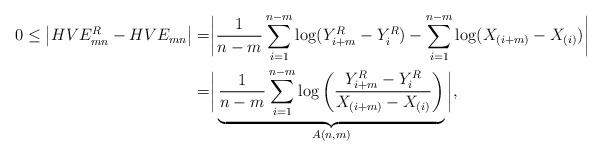
LaTeX: \begin{align*}0\leq\left|HVE^{R}_{mn}-HVE_{mn}\right|=&\bigg|\frac{1}{n-m}\sum_{i=1}^{n-m}\log(Y^R_{i+m}-Y^R_{i})-\sum_{i=1}^{n-m}\log(X_{(i+m)}-X_{(i)})\bigg|\\=&\bigg|\underbrace{\frac{1}{n-m}\sum_{i=1}^{n-m}\log\left(\frac{Y^R_{i+m}-Y^R_{i}}{X_{(i+m)}-X_{(i)}}\right)}_{A(n,m)}\bigg|,\end{align*}